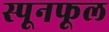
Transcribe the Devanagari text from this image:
स्पूनफूल